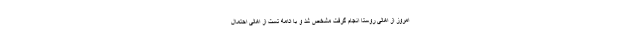
امروز از اهالی روستا انجام گرفت مشخص شد و با ادامه تست از اهالی احتمال